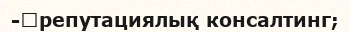
-	репутациялық консалтинг;